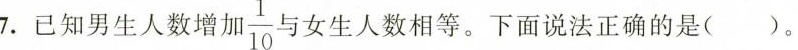
7.已知男生人数增 \frac{1}{10} 与女生人数相等。下面说法正确的是( )。